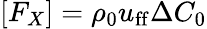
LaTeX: [F_{X}]=\rho_{0}u_{\mathrm{ff}}\Delta C_{0}